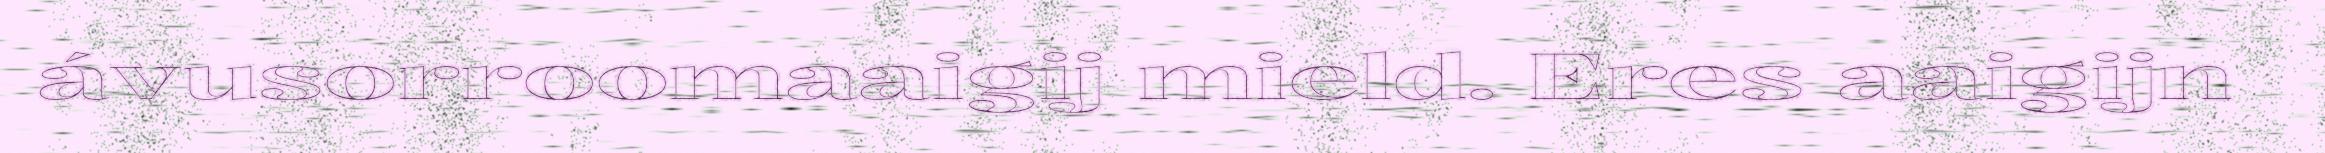
ávusorroomaaigij mield. Eres aaigijn